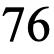
76